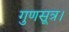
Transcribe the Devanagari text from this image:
गुणसूत्र।